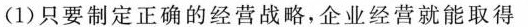
(1)只要制定正确的经营战略，企业经营就能取得